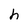
Character: h